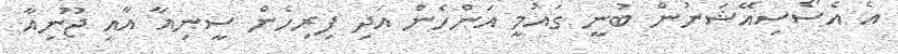
އެ އެސޯސިއޭޝަނުން ބުނީ ގައުމީ އަންހެން އަދި ފިރިހެން ސީނިއާ އާއި ޖޫނިއާ